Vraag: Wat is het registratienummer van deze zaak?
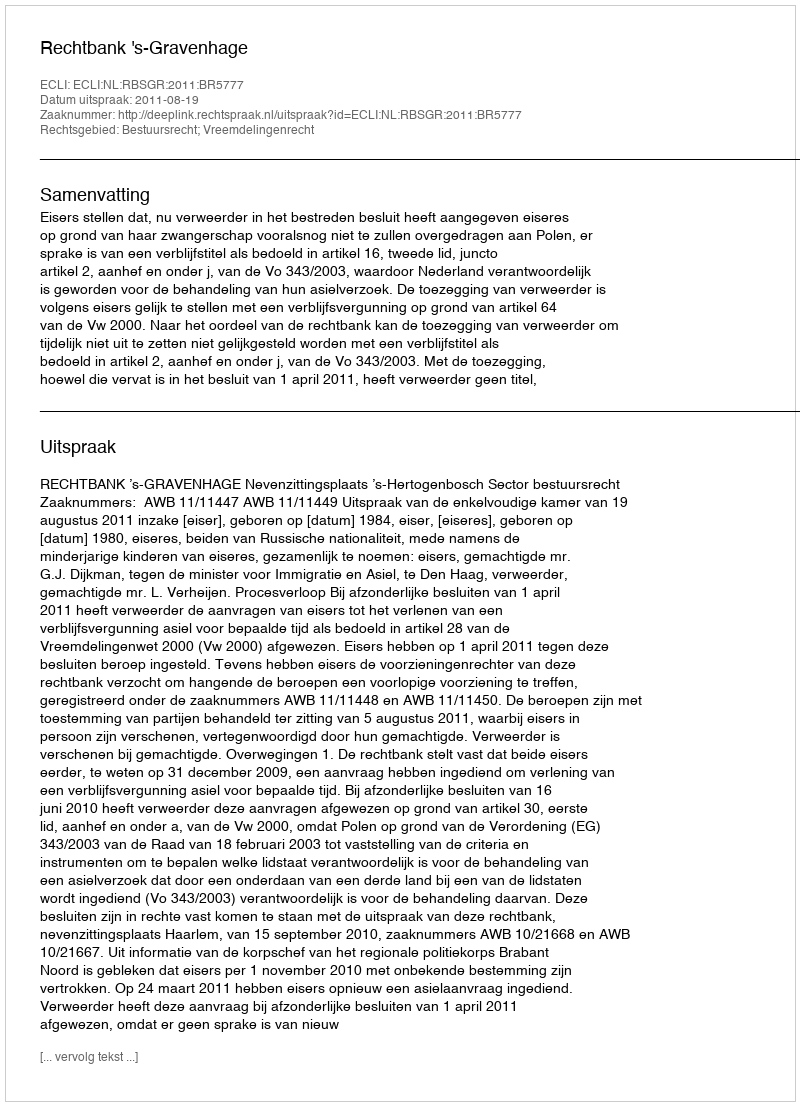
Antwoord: http://deeplink.rechtspraak.nl/uitspraak?id=ECLI:NL:RBSGR:2011:BR5777